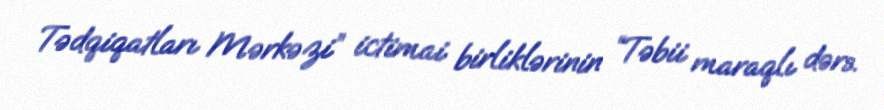
Tədqiqatları Mərkəzi” ictimai birliklərinin “Təbii maraqlı dərs.